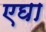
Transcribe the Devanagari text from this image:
एघा